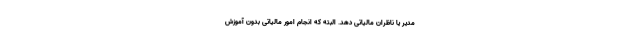
مدیر یا ناظران مالیاتی دهد. البته که انجام امور مالیاتی بدون آموزش